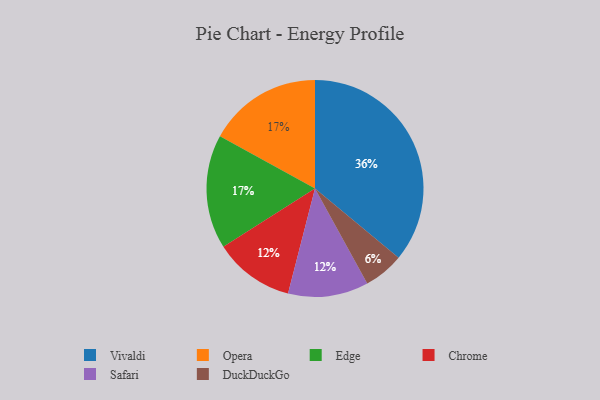
{"axis": {"x": "Category", "y": "Percentage"}, "legend": ["Chrome", "DuckDuckGo", "Edge", "Opera", "Safari", "Vivaldi"], "data": [{"x": "Chrome", "y": 12, "type": "Chrome"}, {"x": "Vivaldi", "y": 36, "type": "Vivaldi"}, {"x": "Opera", "y": 17, "type": "Opera"}, {"x": "DuckDuckGo", "y": 6, "type": "DuckDuckGo"}, {"x": "Safari", "y": 12, "type": "Safari"}, {"x": "Edge", "y": 17, "type": "Edge"}]}